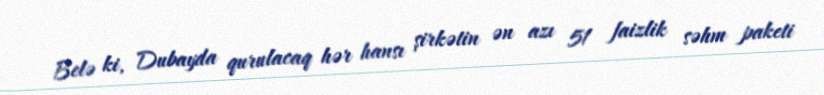
Belə ki, Dubayda qurulacaq hər hansı şirkətin ən azı 51 faizlik səhm paketi